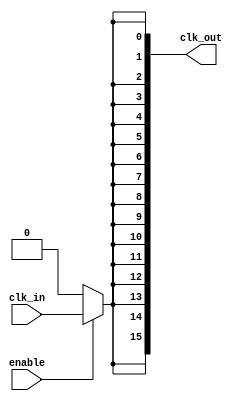
module HighFanoutClockBuffer (
    input wire clk_in,            // Clock input
    input wire enable,            // Enable signal for the buffer
    output wire [NUM_OUTPUTS-1:0] clk_out // Clock outputs
);

    parameter NUM_OUTPUTS = 16;   // Number of output loads
    parameter DRIVE_STRENGTH = 2;  // Drive strength parameter

    // Internal signals
    wire clk_buf;                  // Buffered clock signal
    wire clk_sync;                // Synchronized clock signal

    // Input Synchronization (optional)
    // This can be replaced with actual synchronization logic if needed
    assign clk_sync = clk_in;

    // Buffer stages
    generate
        genvar i;
        for (i = 0; i < DRIVE_STRENGTH; i = i + 1) begin : buffer_stage
            if (i == 0) begin
                // First buffer stage
                assign clk_buf = clk_sync;
            end else begin
                // Subsequent buffer stages
                assign clk_buf = ~clk_buf; // Inverting buffer for example
            end
        end
    endgenerate

    // Output drivers
    generate
        genvar j;
        for (j = 0; j < NUM_OUTPUTS; j = j + 1) begin : output_driver
            // Conditional output driver based on enable signal
            assign clk_out[j] = enable ? clk_buf : 1'b0; // Tri-state behavior
        end
    endgenerate

endmodule